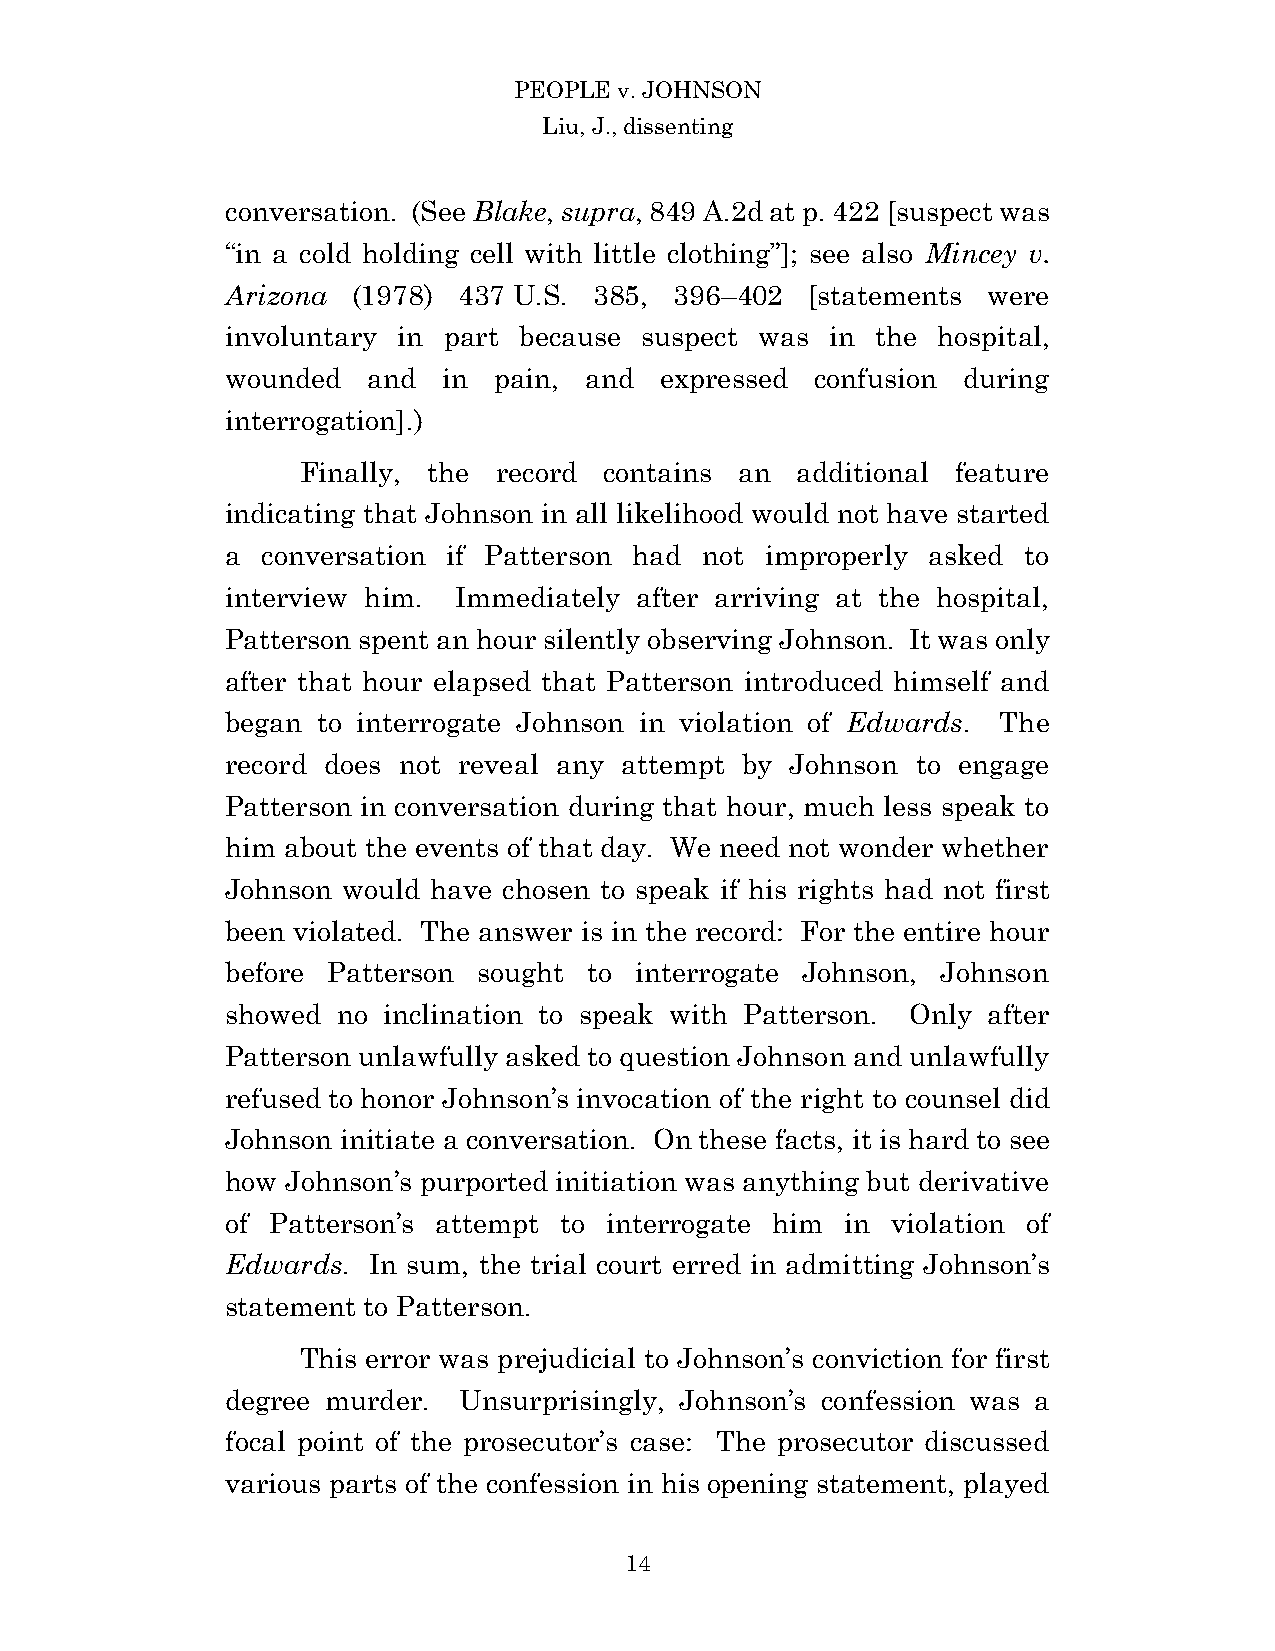
PEOPLE v. JOHNSON
 Liu, J., dissenting
 conversation. (See Blake, supra, 849 A.2d at p. 422 [suspect was
 “in a cold holding cell with little clothing”]; see also Mincey v.
 Arizona (1978) 437 U.S. 385,  396–402  [statements were
 involuntary in part because suspect was in the hospital,
 wounded  and  in  pain, and  expressed confusion during
 interrogation].)
 Finally, the record contains an  additional feature
 indicating that Johnson in all likelihood would not have started
 a conversation if Patterson had not improperly asked to
 interview him. Immediately after arriving at the hospital,
 Patterson spent an hour silently observing Johnson. It was only
 after that hour elapsed that Patterson introduced himself and
 began to interrogate Johnson in violation of Edwards. The
 record does not reveal any attempt by Johnson to engage
 Patterson in conversation during that hour, much less speak to
 him about the events of that day. We need not wonder whether
 Johnson would have chosen to speak if his rights had not first
 been violated. The answer is in the record: For the entire hour
 before Patterson sought to interrogate Johnson, Johnson
 showed no inclination to speak with Patterson. Only after
 Patterson unlawfully asked to question Johnson and unlawfully
 refused to honor Johnson’s invocation of the right to counsel did
 Johnson initiate a conversation. On these facts, it is hard to see
 how Johnson’s purported initiation was anything but derivative
 of Patterson’s attempt to interrogate him in violation of
 Edwards. In sum, the trial court erred in admitting Johnson’s
 statement to Patterson.
 This error was prejudicial to Johnson’s conviction for first
 degree murder. Unsurprisingly, Johnson’s confession was a
 focal point of the prosecutor’s case: The prosecutor discussed
 various parts of the confession in his opening statement, played
 1 4